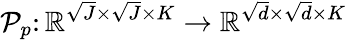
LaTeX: \mathcal{P}_{p}\colon\mathbb{R}^{\sqrt{J}\times\sqrt{J}\times K}\to\mathbb{R}^{\sqrt{d}\times\sqrt{d}\times K}